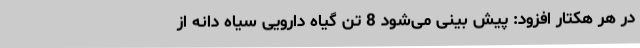
در هر هکتار افزود: پیش بینی می‌شود 8 تن گیاه دارویی سیاه دانه از